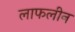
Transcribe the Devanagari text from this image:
लाफलीन